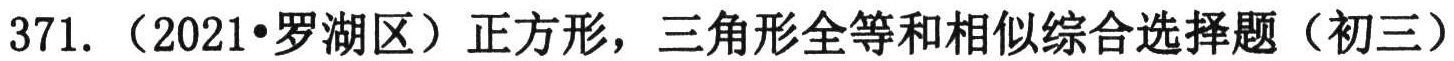
371.（2021•罗湖区）正方形，三角形全等和相似综合选择题（初三）